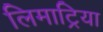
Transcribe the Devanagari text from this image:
लिमाट्रिया